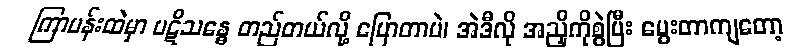
ကြာပန်းထဲမှာ ပဋိသန္ဓေ တည်တယ်လို့ ပြောတာပဲ၊ အဲဒီလို အညှိကိုစွဲပြီး မွေးတာကျတော့